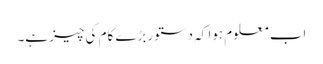
اب معلوم ہوا کہ دستور بڑے کام کی چیز ہے۔